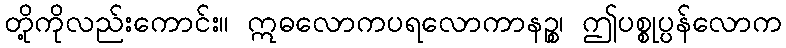
တို့ကိုလည်းကောင်း။ ဣဓလောကပရလောကာနဉ္စ၊ ဤပစ္စုပ္ပန်လောက